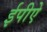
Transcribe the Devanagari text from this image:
ईपीऐ